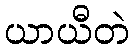
ယာယီတဲ